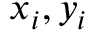
x _ { i } , y _ { i }